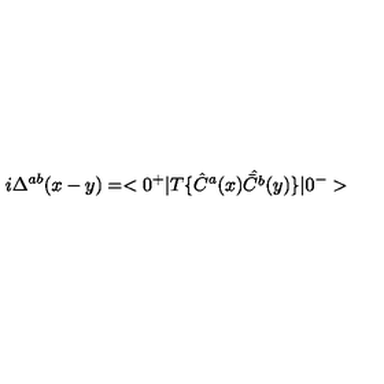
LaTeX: i \Delta ^ { a b } ( x - y ) = < 0 ^ { + } | T \{ \hat { C } ^ { a } ( x ) \hat { \bar { C } ^ { b } } ( y ) \} | 0 ^ { - } >